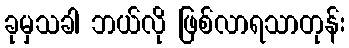
ခုမှသခါ ဘယ်လို ဖြစ်လာရသာတုန်း